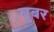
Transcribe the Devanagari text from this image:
गुबर